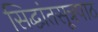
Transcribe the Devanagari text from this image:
सिद्धांतसूत्रपाठ